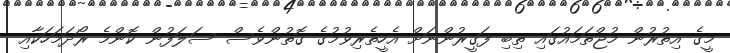
މީގެ އިތުރުން މުޖްތަމައުގައި ތިބި ފަގީރުންނަށް އެހީތެރިވުމުގެ ގޮތުންވެސް ސަލަފުން ކޮންމެ ރޯދަމަހަކާއި